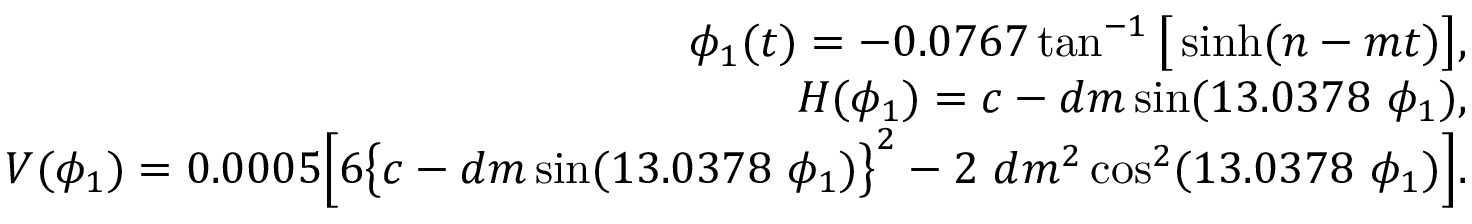
\begin{array} { r l r } & { } & { \phi _ { 1 } ( t ) = - 0 . 0 7 6 7 \tan ^ { - 1 } \big [ \sinh ( n - m t ) \big ] , } \\ & { } & { H ( \phi _ { 1 } ) = c - d m \sin ( 1 3 . 0 3 7 8 ~ \phi _ { 1 } ) , } \\ & { } & { V ( \phi _ { 1 } ) = 0 . 0 0 0 5 \Big [ 6 \big \{ c - d m \sin ( 1 3 . 0 3 7 8 ~ \phi _ { 1 } ) \big \} ^ { 2 } - 2 ~ d m ^ { 2 } \cos ^ { 2 } ( 1 3 . 0 3 7 8 ~ \phi _ { 1 } ) \Big ] . } \end{array}